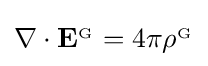
\nabla \cdot \mathbf {E} ^{_{\mathrm {G} }}=4\pi \rho ^{_{\mathrm {G} }}